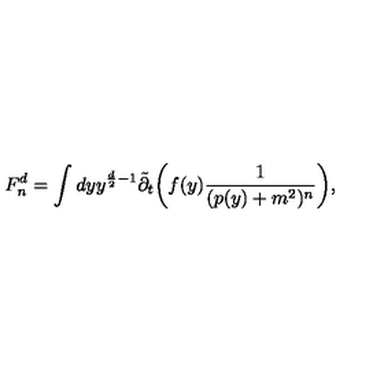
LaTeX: F _ { n } ^ { d } = \int d y y ^ { \frac { d } { 2 } - 1 } { \tilde { \partial } _ { t } } \bigg ( f ( y ) \frac { 1 } { ( p ( y ) + m ^ { 2 } ) ^ { n } } \bigg ) \mathrm { , }